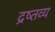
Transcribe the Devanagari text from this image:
द्रष्तव्य